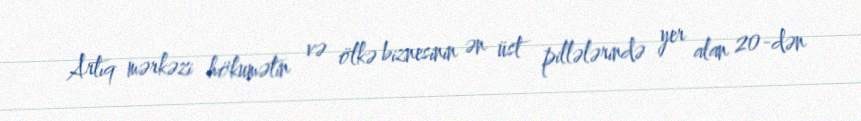
Artıq mərkəzi hökumətin və ölkə biznesinin ən üst pillələrində yer alan 20-dən